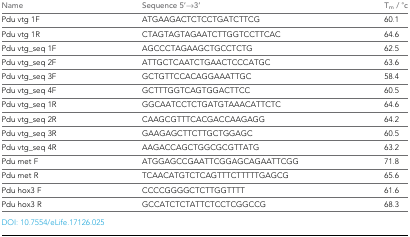
<table><thead><tr><td><b>Name</b></td><td><b>Sequence 5’→3’</b></td><td><b>T<sub>m</sub> / °c</b></td></tr></thead><tbody><tr><td>Pdu vtg 1F</td><td>ATGAAGACTCTCCTGATCTTCG</td><td>60.1</td></tr><tr><td>Pdu vtg 1R</td><td>CTAGTAGTAGAATCTTGGTCCTTCAC</td><td>64.6</td></tr><tr><td>Pdu vtg_seq 1F</td><td>AGCCCTAGAAGCTGCCTCTG</td><td>62.5</td></tr><tr><td>Pdu vtg_seq 2F</td><td>ATTGCTCAATCTGAACTCCCATGC</td><td>63.6</td></tr><tr><td>Pdu vtg_seq 3F</td><td>GCTGTTCCACAGGAAATTGC</td><td>58.4</td></tr><tr><td>Pdu vtg_seq 4F</td><td>GCTTTGGTCAGTGGACTTCC</td><td>60.5</td></tr><tr><td>Pdu vtg_seq 1R</td><td>GGCAATCCTCTGATGTAAACATTCTC</td><td>64.6</td></tr><tr><td>Pdu vtg_seq 2R</td><td>CAAGCGTTTCACGACCAAGAGG</td><td>64.2</td></tr><tr><td>Pdu vtg_seq 3R</td><td>GAAGAGCTTCTTGCTGGAGC</td><td>60.5</td></tr><tr><td>Pdu vtg_seq 4R</td><td>AAGACCAGCTGGCGCGTTATG</td><td>63.2</td></tr><tr><td>Pdu met F</td><td>ATGGAGCCGAATTCGGAGCAGAATTCGG</td><td>71.8</td></tr><tr><td>Pdu met R</td><td>TCAACATGTCTCAGTTTCTTTTTGAGCG</td><td>65.6</td></tr><tr><td>Pdu hox3 F</td><td>CCCCGGGGCTCTTGGTTTT</td><td>61.6</td></tr><tr><td>Pdu hox3 R</td><td>GCCATCTCTATTCTCCTCGGCCG</td><td>68.3</td></tr></tbody></table>